Calcutta medical institutions reports 1892-1900
Year: 1892
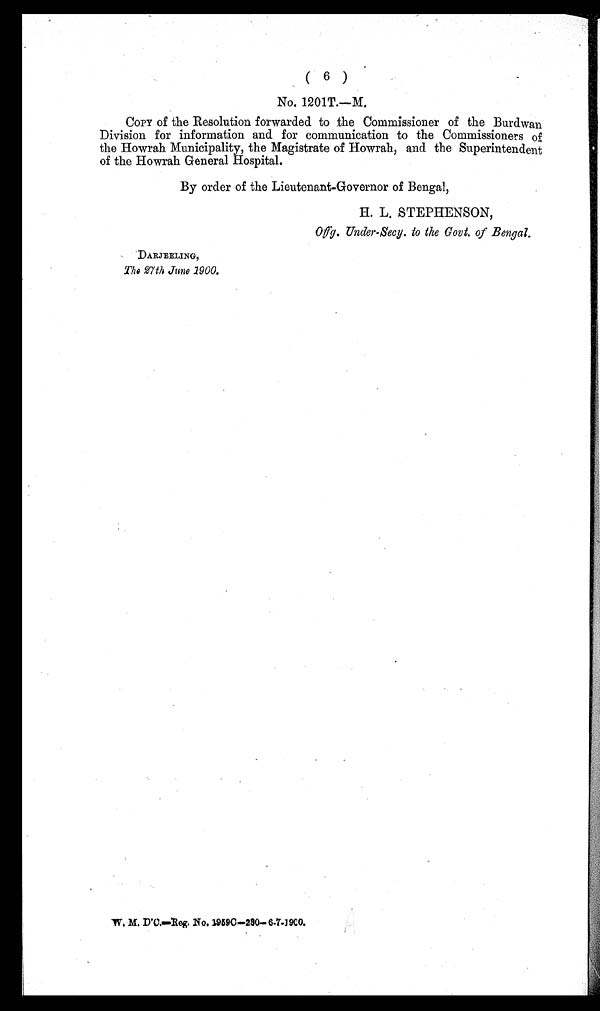
( 6 )
No. 1201T.—M.
Copy
of the Resolution forwarded to the Commissioner of the Burdwan
Division for information and for communication to the Commissioners of
the Howrah Municipality, the Magistrate of Howrah, and the Superintendent
of the Howrah General Hospital.
By order of the Lieutenant-Governor of Bengal,
H. L. STEPHENSON,
Offg. Under-Secy. to the Govt. of Bengal.
DARJEELING,
The 27th June 1900.
W. M. D'C.—Reg, No. 1959C—230—6-1900.